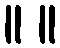
။ ။